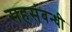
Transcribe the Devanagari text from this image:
सहसंबन्धी